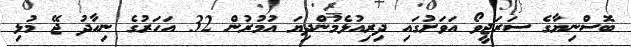
ބޮސްނިޔާގެ ސަރަޖީވޯ އަވަށުގައި ދިރިއުޅެމުންދިޔަ އުމުރުން 32 އަހަރުގެ ނިހާދު ޖޭ މުޅި